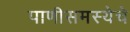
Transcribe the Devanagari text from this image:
पाणीसमस्येचे